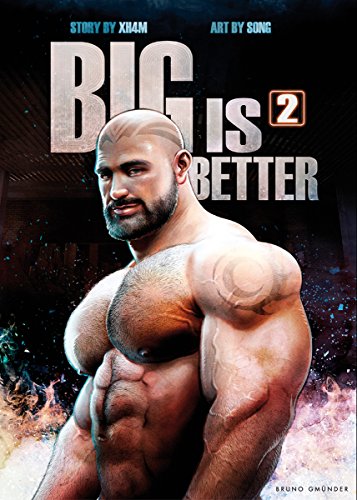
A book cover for Big Is Better 2; XH4M; Comics & Graphic Novels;